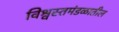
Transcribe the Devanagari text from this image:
विश्वस्तमंडळातील